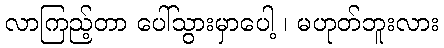
လာကြည့်တာ ပေါ်သွားမှာပေါ့ ၊ မဟုတ်ဘူးလား